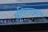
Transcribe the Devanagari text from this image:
कविताग्रन्थ